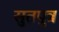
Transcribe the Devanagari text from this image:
सुतपुत्र